Annual report of the Punjab Veterinary College and of the Civil Veterinary Department, Punjab - 1894-1908
Year: 1894
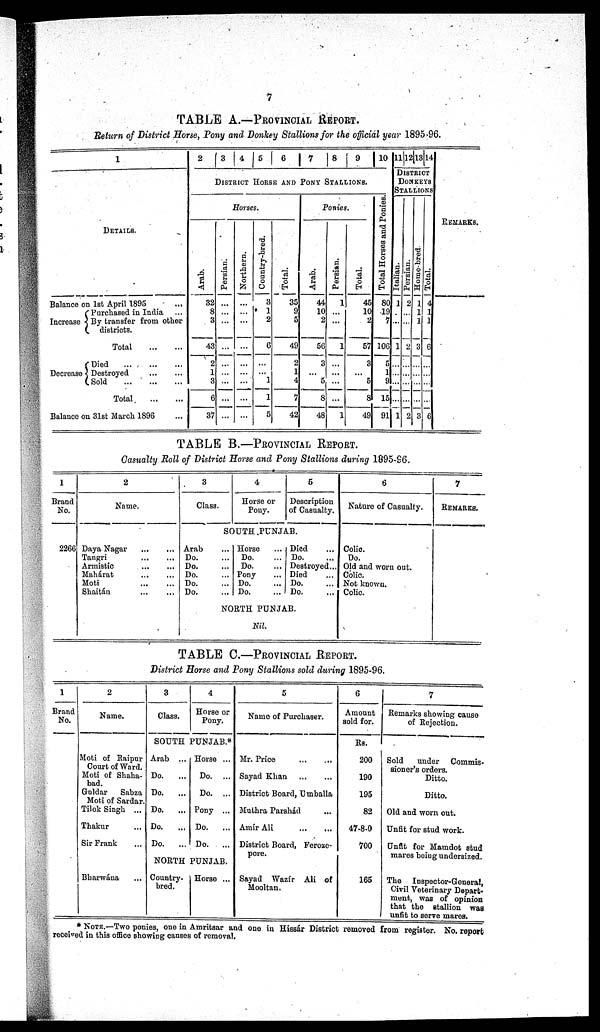
7
TABLE A.—PROVINCIAL REPORT.
Return of District Horse, Pony and Donkey Stallions for the official year 1895-96.
1
DETAILS.
Balance on 1st April 1895 ...
Increase
Decrease Destroyed ... ...
Purchased in India ...
By transfer from other
districts.
Total
...
...
Died
...
...
...
Sold
...
...
...
Total.
...
...
Balance on 31st March 1896
2
3
4
5
6
7
8 9 10
DISTRICT HORSE AND PONY STALLIONS.
Horses.
Arab.
32
8
3
43
2
1
3
6
37
Persian.
...
...
...
...
...
...
...
...
...
Northern.
...
...
...
...
...
...
...
...
...
Country-bred.
3
1
2
6
...
...
1
1
5
Total.
35
9
5
49
2
1
4
7
42
Ponies.
Arab.
44
10
2
56
3
5
8
48
Persian.
1
...
...
1
...
...
...
1
Total.
45
10
2
57
3
...
5
8
49
Total Horses and Ponies.
80
19
7
106
5
1
9
15
91
11 12 13 14
DISTRICT
DONKEYS
STALLIONS
I t al i an.
1
...
...
1
...
...
...
1
Per s i
an.
2
...
...
2
...
...
...
2
Ho me -
b r
e d
1
1
1
3
...
...
...
3
Tot al .
4
1
1
6
...
...
...
6
REMARKS.
TABLE B.—PROVINCIAL REPORT.
Casualty Roll of District Horse and Pony Stallions during 1095-96.
1
Brand
No.
2266
2
Name.
Daya Nagar
Tangri
Armistic
Mahárat
Moti
Shaitán
...
...
...
...
...
...
...
...
...
...
...
...
3
Class.
Arab
Do.
Do.
Do.
Do.
Do.
4
Horse or
Pony.
5
Description
of Casualty.
SOUTH PUNJAB.
...
...
...
...
...
...
Horse ...
Do. ...
Do. ...
Pony ...
Do. ...
Do. ...
Died ...
Do. ...
Destroyed...
Died ...
Do. ...
Do. ...
NORTH PUNJAB.
Nil.
6
Nature of Casualty.
Colic.
Do.
Old and worn out.
Colic.
Not known.
Colic.
7
REMARES.
TABLE C.—PROVINCIAL REPORT.
District Horse and Pony Stallions sold during 1895-96.
1
Brand
No.
2
Name.
Moti of Raipur
Court of Ward.
Moti of Shaha-
Guldar
Sabza
Moti of Sardar.
Tilok Singh ...
Thakur ...
Sir Frank ...
Bharwána ...
3
Class.
4
Horse or
Pony.
SOUTH PUNJAB.*
Arab ...
Do. ...
Do.
...
Do.
...
Do.
...
Do. ...
Horse ...
Do. ...
Do. ...
Pony ...
Do.
...
Do.
...
NORTH PUNJAB.
Country.
bred.
Horse ...
5
Name of Purchaser.
Mr. Price ... ...
Sayad Khan
...
...
District Board, Umballa
Muthra Parshád ...
Amír
Ali
...
...
District Board, Feroze-
pore.
Sayad Wazír Ali of
Mooltan.
6
Amount
sold for.
Rs.
200
190
195
82
47-8-0
700
165
7
Remarks showing cause
of Rejection.
Sold
under Commis-
sioner's orders.
Ditto.
Ditto.
Old and worn out.
Unfit for stud work.
Unfit for Mamdot stud
mares being undersized.
The Inspector-General,
Civil Veterinary Depart-
ment, was of opinion
that the stallion was
unfit to serve mares.
*NOTE.—Two ponies, one in Amritsar and one in Hissár District removed from register. No. report
received in this office showing causes of removal.